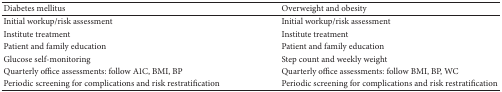
<table><thead><tr><td><b>Diabetes mellitus</b></td><td><b>Overweight and obesity</b></td></tr></thead><tbody><tr><td>Initial workup/risk assessment</td><td>Initial workup/risk assessment</td></tr><tr><td>Institute treatment</td><td>Institute treatment</td></tr><tr><td>Patient and family education</td><td>Patient and family education</td></tr><tr><td>Glucose self-monitoring</td><td>Step count and weekly weight</td></tr><tr><td>Quarterly office assessments: follow A1C, BMI, BP</td><td>Quarterly office assessments: follow BMI, BP, WC</td></tr><tr><td>Periodic screening for complications and risk restratification</td><td>Periodic screening for complications and risk restratification</td></tr></tbody></table>